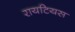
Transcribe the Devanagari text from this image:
रायटियस